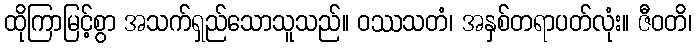
ထိုကြာမြင့်စွာ အသက်ရှည်သောသူသည်။ ဝဿသတံ၊ အနှစ်တရာပတ်လုံး။ ဇီဝတိ၊